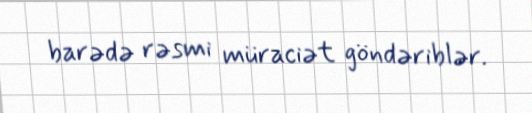
barədə rəsmi müraciət göndəriblər.